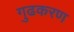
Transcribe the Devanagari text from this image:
गुढकरण